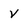
Character: V